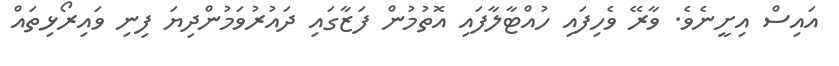
އައިސް އިށީނެވެ. ވާރޭ ވެހިފައި ހުއްޓާލާފައި އޮތުމުން ފަޒާގައި ދައުރުވަމުންދިޔަ ފިނި ވައިރޯޅިތައް